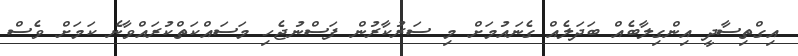
އިގްތިސާދީ އިންގިލާބެއް ބަދަލެއް ގެނައުމަށް މި ސަރުކާރުން ފަސްނުޖެހި މަސައްކަތްކުރައްވާނެ ކަަމަށް ވެސް